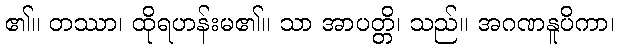
၏။ တဿာ၊ ထိုရဟန်းမ၏။ သာ အာပတ္တိ၊ သည်။ အဂဏနူပိကာ၊